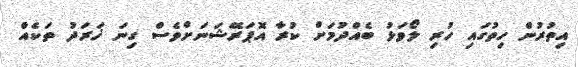
އިތުރުން ހިތުގައި ހުރި ލޯވަޅު ބެއްދުމަށް ކުރާ އޮޕަރޭޝަނަށްވެސް ގިނަ ޚަރަދު ތަކެއް